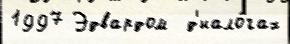
1997 Эдвардом  д'иало́гах